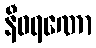
နီဝရဏော